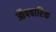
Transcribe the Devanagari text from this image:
औंपचारिक